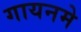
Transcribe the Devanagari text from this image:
गायनमे